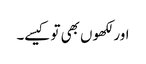
اور لکھوں بھی تو کیسے۔